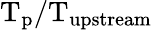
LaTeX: \mathrm{T_{p}/T_{upstream}}